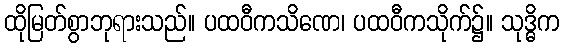
ထိုမြတ်စွာဘုရားသည်။ ပထဝီကသိဏေ၊ ပထဝီကသိုက်၌။ သုဒ္ဓိက